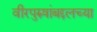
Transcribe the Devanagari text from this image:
वीरपुरुषांबद्दलच्या